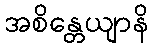
အစိန္တေယျာနိ